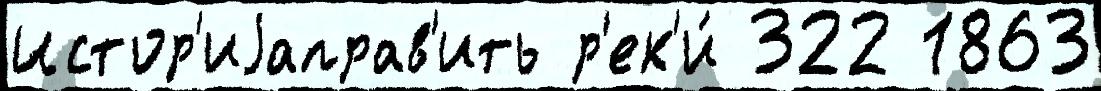
Истор'иjаправ'ить р'ек'и́ 322 1863